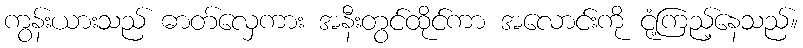
ကွန်းယားသည် ဓာတ်လှေကား အနီးတွင်ထိုင်ကာ အလောင်းကို ငုံ့ကြည့်နေသည်။